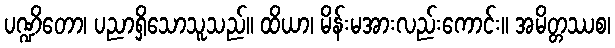
ပဏ္ဍိတော၊ ပညာရှိသောသူသည်။ ထိယာ၊ မိန်းမအားလည်းကောင်း။ အမိတ္တဿစ၊